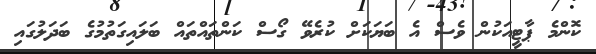
ކޮންމެ ޕާޓީއަކުން ވެސް އެ ބަޔަކަށް ކުރެވޭ ގޯސް ކަންތައްތައް ބަލައިގަތުމުގެ ބަދަލުގައި